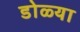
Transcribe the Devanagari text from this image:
डोळ्या